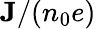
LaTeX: \mathbf{J}/(n_{0}e)